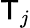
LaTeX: \mathsf{T}_{j}